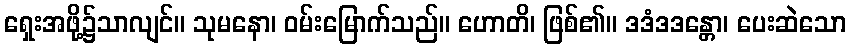
ရှေးအဖို့၌သာလျင်။ သုမနော၊ ဝမ်းမြောက်သည်။ ဟောတိ၊ ဖြစ်၏။ ဒဒံဒဒန္တော၊ ပေးဆဲသော